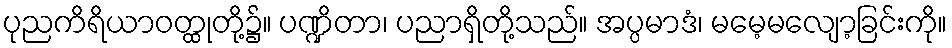
ပုညကိရိယာဝတ္ထုတို့၌။ ပဏ္ဍိတာ၊ ပညာရှိတို့သည်။ အပ္ပမာဒံ၊ မမေ့မလျော့ခြင်းကို။